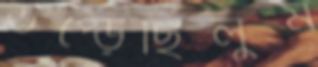
উপ্‌ড়েছিলুম